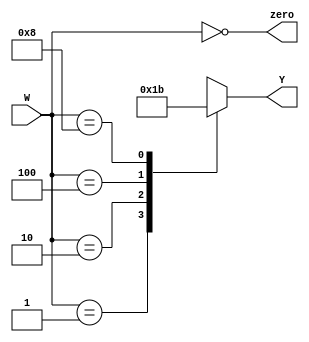
`timescale 1ns / 1ps
`default_nettype none
//4:2 encoder using behavioral constructs

module four_two_encoder(
	input wire [3:0] W,
	output wire zero,
	output reg [1:0] Y
);

	//can mix levels of abstraction
	assign zero = (W == 4'b0000); //zero test
	
	//behavioral portion
	always@(W)
		case(W)//selection based on W
			4'b0001: Y = 2'b00;//W[0] lit
			4'b0010: Y = 2'b01;//W[1] lit
			4'b0100: Y = 2'b10;//W[2] lit
			4'b1000: Y = 2'b11;//W[3] lit
			default: Y = 2'bXX; //Default to 2 bits that we don't care about
	endcase
endmodule